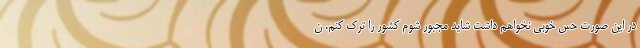
در این صورت حس خوبی نخواهم داشت شاید مجبور شوم کشور را ترک کنم. ن